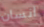
انسان